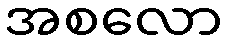
အစလော